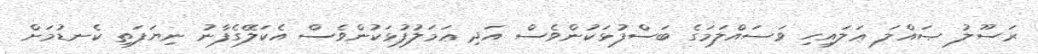
ރަސޫލު ޞައްލަ ޢަލައިހި ވަސައްލަމަގެ ބަސްފުޅަކުންވެސް އަދި ޢަމަލުފުޅަކުންވެސް އެކަލޭގެފާނު ނިޔަފަތި ކެނޑުމަށް